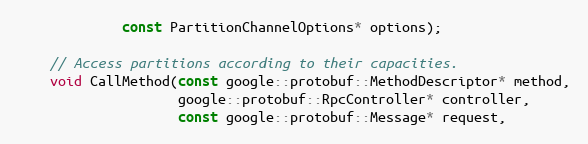
Language: C
             const PartitionChannelOptions* options);

    // Access partitions according to their capacities.
    void CallMethod(const google::protobuf::MethodDescriptor* method,
                    google::protobuf::RpcController* controller,
                    const google::protobuf::Message* request,